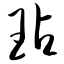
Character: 玷